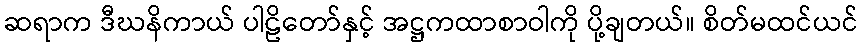
ဆရာက ဒီဃနိကာယ် ပါဠိတော်နှင့် အဋ္ဌကထာစာဝါကို ပို့ချတယ်။ စိတ်မထင်ယင်